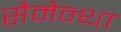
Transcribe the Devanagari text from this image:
सैमेन्था